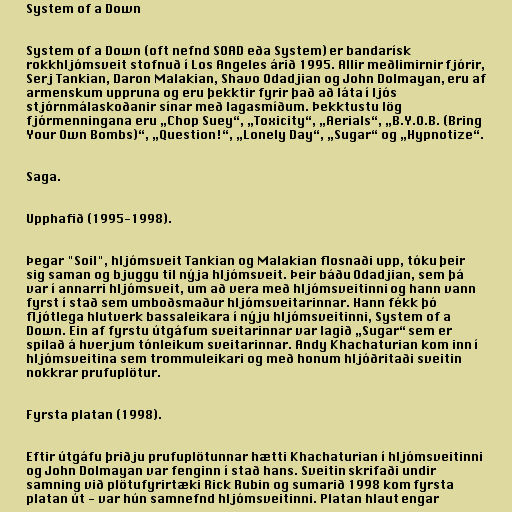
System of a Down

System of a Down (oft nefnd SOAD eða System) er bandarísk
rokkhljómsveit stofnuð í Los Angeles árið 1995. Allir meðlimirnir fjórir,
Serj Tankian, Daron Malakian, Shavo Odadjian og John Dolmayan, eru af
armenskum uppruna og eru þekktir fyrir það að láta í ljós
stjórnmálaskoðanir sínar með lagasmíðum. Þekktustu lög
fjórmenningana eru „Chop Suey“, „Toxicity“, „Aerials“, „B.Y.O.B. (Bring
Your Own Bombs)“, „Question!“, „Lonely Day“, „Sugar“ og „Hypnotize“.

Saga.

Upphafið (1995-1998).

Þegar "Soil", hljómsveit Tankian og Malakian flosnaði upp, tóku þeir
sig saman og bjuggu til nýja hljómsveit. Þeir báðu Odadjian, sem þá
var í annarri hljómsveit, um að vera með hljómsveitinni og hann vann
fyrst í stað sem umboðsmaður hljómsveitarinnar. Hann fékk þó
fljótlega hlutverk bassaleikara í nýju hljómsveitinni, System of a
Down. Ein af fyrstu útgáfum sveitarinnar var lagið „Sugar“ sem er
spilað á hverjum tónleikum sveitarinnar. Andy Khachaturian kom inn í
hljómsveitina sem trommuleikari og með honum hljóðritaði sveitin
nokkrar prufuplötur.

Fyrsta platan (1998).

Eftir útgáfu þriðju prufuplötunnar hætti Khachaturian í hljómsveitinni
og John Dolmayan var fenginn í stað hans. Sveitin skrifaði undir
samning við plötufyrirtæki Rick Rubin og sumarið 1998 kom fyrsta
platan út - var hún samnefnd hljómsveitinni. Platan hlaut engar